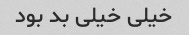
خیلی خیلی بد بود